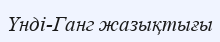
Үнді-Ганг жазықтығы